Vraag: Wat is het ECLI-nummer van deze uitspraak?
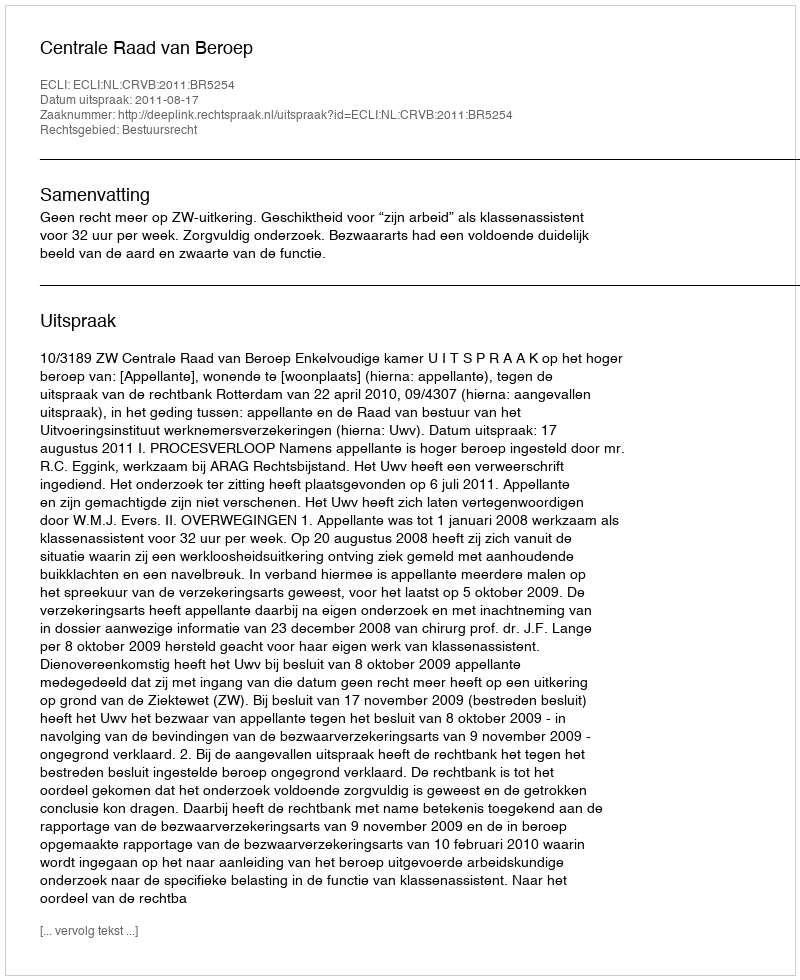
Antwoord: ECLI:NL:CRVB:2011:BR5254